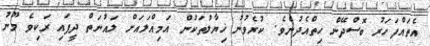
އެތައްފަހަރު ބޮސްދޭން ހިތްއެދުނެވެ. ކުރެވުނު ޚިޔާލުތަކުން އަމިއްލައަށް ލައުނަތް ދީފައި ރަކިވެ މޫނު